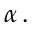
\alpha \, .